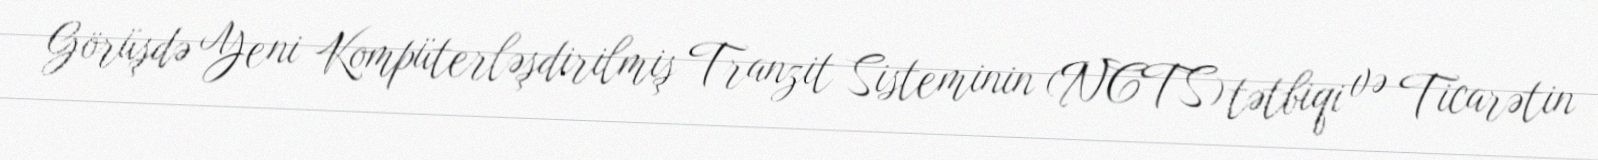
Görüşdə Yeni Kompüterləşdirilmiş Tranzit Sisteminin (NCTS) tətbiqi və Ticarətin